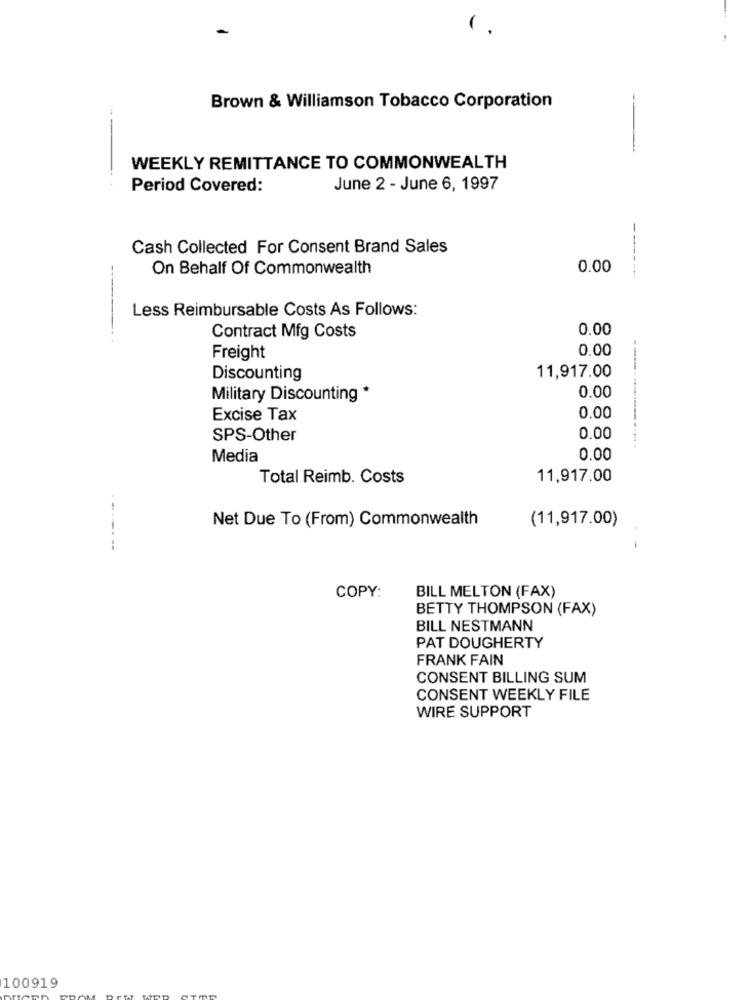
-
Brown & Williamson Tobacco Corporation
--
WEEKLY REMITTANCE TO COMMONWEALTH
Period Covered:
June 2 - June 6, 1997
Cash Collected For Consent Brand Sales
On Behalf Of Commonwealth
0.00
----- ---
Less Reimbursable Costs As Follows:
---------
0.00
Contract Mfg Costs
0.00
Freight
Discounting
11,917.00
Military Discounting *
0.00
Excise Tax
0.00
SPS-Other
0.00
Media
0.00
Total Reimb. Costs
11,917.00
Net Due To (From) Commonwealth
(11,917.00)
------
-
COPY:
BILL MELTON (FAX)
BETTY THOMPSON (FAX)
BILL NESTMANN
PAT DOUGHERTY
FRANK FAIN
CONSENT BILLING SUM
CONSENT WEEKLY FILE
WIRE SUPPORT
100919